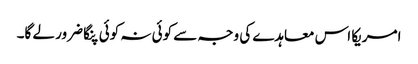
امریکا اس معاہدے کی وجہ سے کوئی نہ کوئی پنگا ضرور لے گا۔